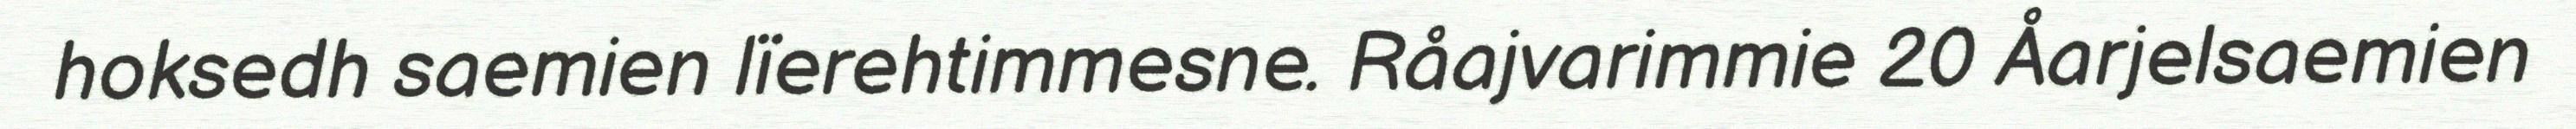
hoksedh saemien lïerehtimmesne. Råajvarimmie 20 Åarjelsaemien